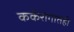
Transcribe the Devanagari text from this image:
कर्करोगातही